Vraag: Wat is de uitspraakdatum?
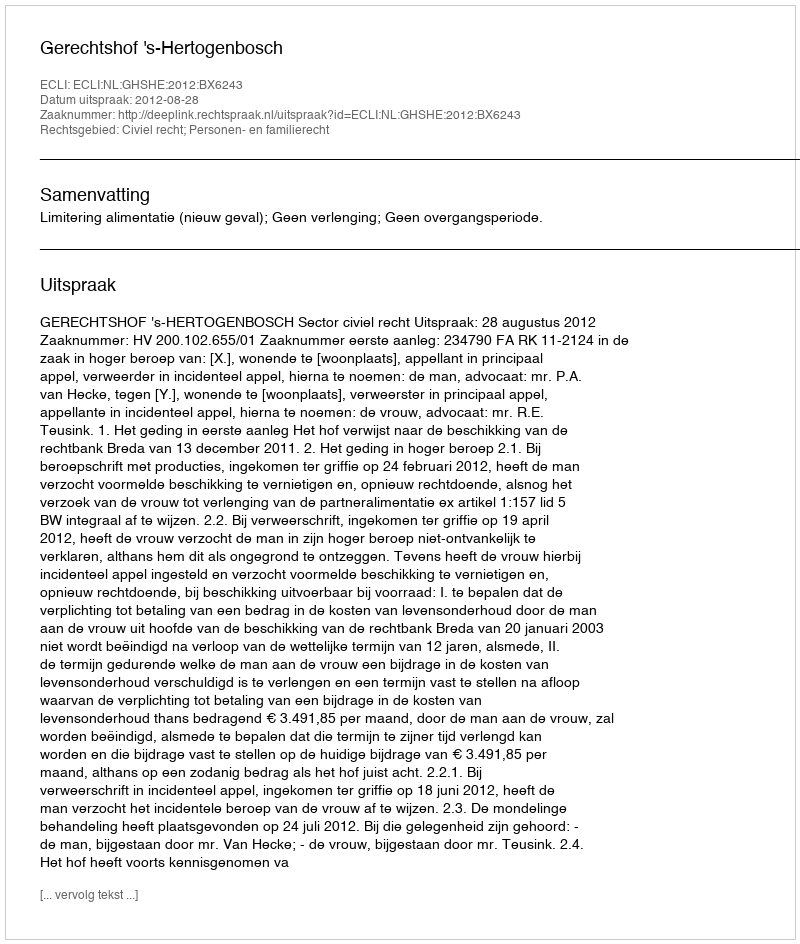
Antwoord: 2012-08-28